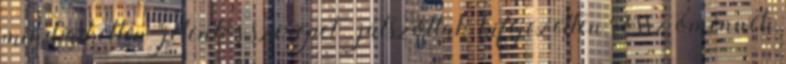
mind a ketten "jelentős szerepet” játszottak, ki­fejezetten rossz ómennek